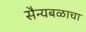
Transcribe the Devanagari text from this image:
सैन्यबळाचा